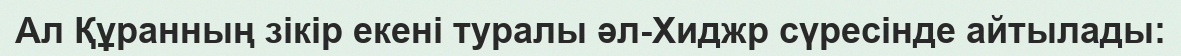
Ал Құранның зікір екені туралы әл-Хиджр сүресінде айтылады: